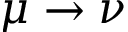
\mu \rightarrow \nu